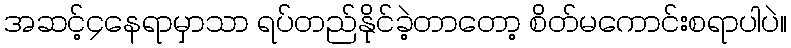
အဆင့်၄နေရာမှာသာ ရပ်တည်နိုင်ခဲ့တာတော့ စိတ်မကောင်းစရာပါပဲ။